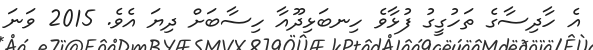
އެ ހާދިސާގެ ތަހުގީގު ފުޅާވެ ހިނބަޅިދޫއާ ހިސާބަށް ދިޔަ އެވެ. 2015 ވަނަ